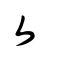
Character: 夂